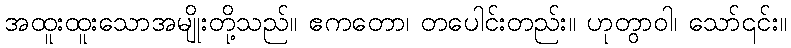
အထူးထူးသောအမျိုးတို့သည်။ ဧကတော၊ တပေါင်းတည်း။ ဟုတွာဝါ၊ သော်၎င်း။